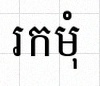
រកមុំ